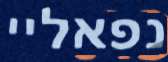
נפאליי